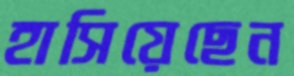
হাসিয়েছেন